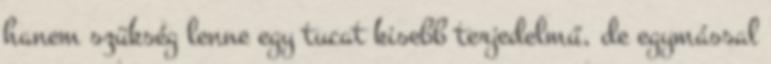
hanem szükség lenne egy tucat kisebb terjedelmű, de egymással